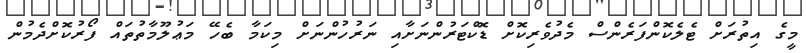
މީގެ އިތުރަށް ޓެލެކޮންފަރެންސް މެދުވެރިކޮށް ޑޮކްޓަރުންނަށާއި ނަރުހުންނަަށް މިކަމާ ބެހޭ މަޢުލޫމާތުތައް ފޯރުކޮށްދެމުން